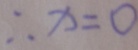
\therefore x = 0